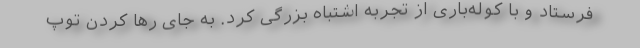
فرستاد و با کوله‌باری از تجربه اشتباه بزرگی کرد. به جای رها کردن توپ